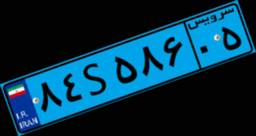
۷۳S۴۵۷۶۷